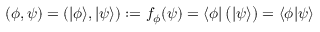
( \phi , \psi ) = ( | \phi \rangle , | \psi \rangle ) : = f _ { \phi } ( \psi ) = \langle \phi | \, { \bigl ( } | \psi \rangle { \bigr ) } = \langle \phi { \mid } \psi \rangle